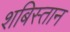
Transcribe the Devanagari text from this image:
शबिस्तान